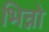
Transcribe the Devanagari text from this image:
भिन्नो